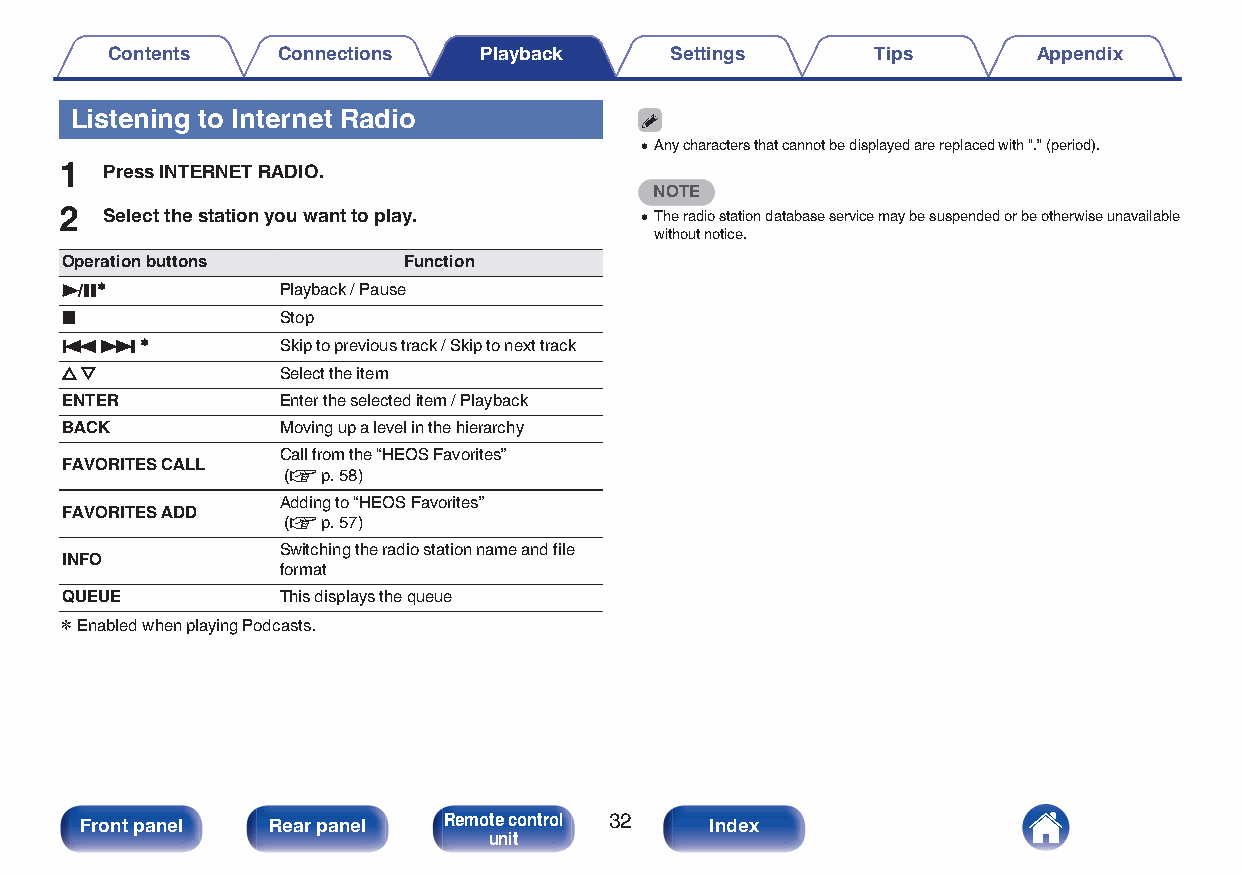
Contents   Connections   Playback    Settings      Tips       Appendix
 Listening to Internet Radio
 0Any characters that cannot be displayed are replaced with “.” (period).
 1  Press INTERNET RADIO.
 NOTE
 2  Select the station you want to play. 0The radio station database service may be suspended or be otherwise unavailable
 without notice.
 Operation buttons      Function
 1/3z          Playback / Pause
 2             Stop
 8  9 z        Skip to previous track / Skip to next track
 u i           Select the item
 ENTER         Enter the selected item / Playback
 BACK          Moving up a level in the hierarchy
 Call from the “HEOS Favorites”
 FAVORITES CALL
 (v p. 58)
 Adding to “HEOS Favorites”
 FAVORITES ADD
 (v p. 57)
 Switching the radio station name and file
 INFO
 format
 QUEUE         This displays the queue
 z Enabled when playing Podcasts.
 Front panel  Rear panel Remote control 32 Index
 unit